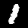
Digit: 1